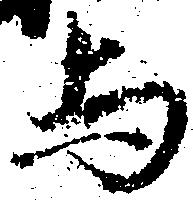
与